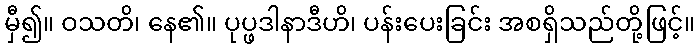
မှီ၍။ ဝသတိ၊ နေ၏။ ပုပ္ဖဒါနာဒီဟိ၊ ပန်းပေးခြင်း အစရှိသည်တို့ဖြင့်။